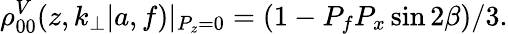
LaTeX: \rho_{00}^{V}(z,k_{\perp}|a,f)|_{P_{z}=0}=(1-P_{f}P_{x}\sin{2\beta})/3.